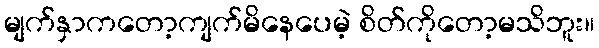
မျက်နှာကတော့ကျက်မိနေပေမဲ့ စိတ်ကိုတော့မသိဘူး။